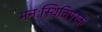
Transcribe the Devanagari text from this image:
मनःस्थितिपरक